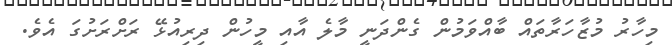
މިހާރު މުޒާހަރާތައް ބާއްވަމުން ގެންދަނީ މާލެ އާއި މީހުން ދިރިއުޅޭ ރަށްރަށުގަ އެވެ.